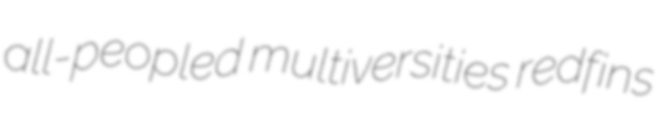
all-peopled multiversities redfins